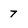
Character: 7